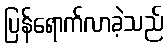
ပြန်ရောက်လာခဲ့သည်